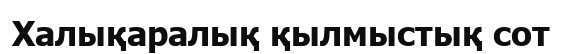
Халықаралық қылмыстық сот